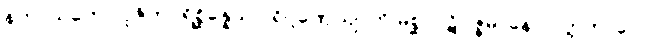
နဟာယတော ပူဇိတပရိစ္ဆိန္နေသု ပရိဂ္ဂဏှေယျာတိ မိစ္ဆာပဋိပဇ္ဇမာနော ပတ္တကာလော